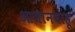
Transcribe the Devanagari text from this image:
आजानबाहू